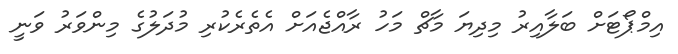
އިމްޕޯޓަށް ބަލާއިރު މިދިޔަ މާޗް މަހު ރާއްޖެއަށް އެތެރެކުރި މުދަލުގެ މިންވަރު ވަނީ